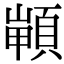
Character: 𩓻